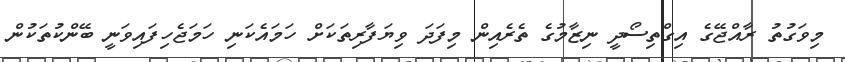
މިވަގުތު ރާއްޖޭގެ އިގްތިސޯދީ ނިޒާމުގެ ތެރެއިން މިފަދަ ވިޔަފާރިތަކަށް ހަމައެކަނި ހަމަޖެހިފައިވަނީ ބޭންކުތަކުން